Annual administration report of the Civil Veterinary Department, Ajmere-Merwara, British Rajputana - 1914-1940
Year: 1914
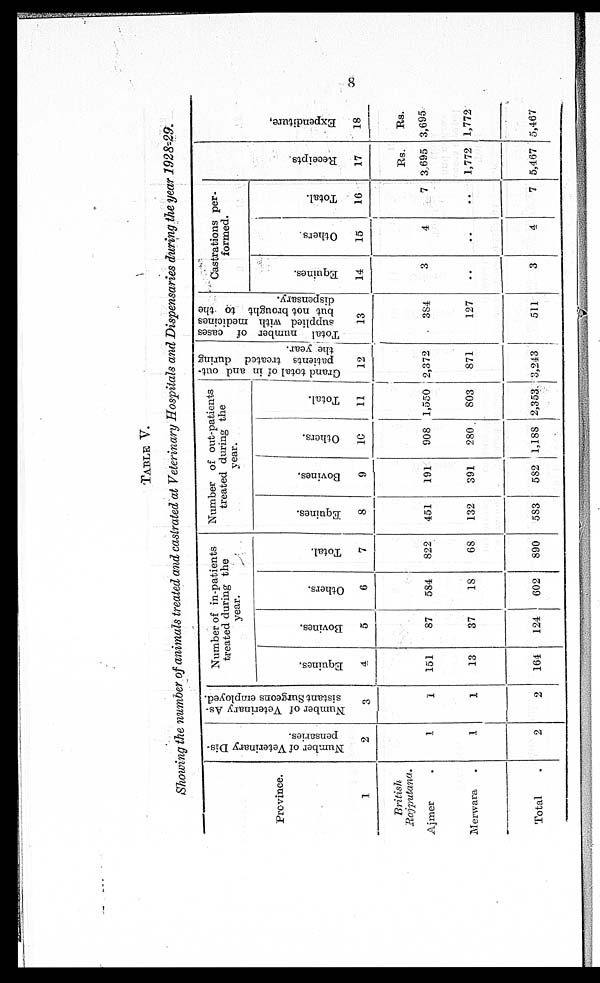
8
TABLE V.
Showing the number of animals treated and castrated at Veterinary Hospitals and Dispensaries during the year 1928-29.
Province.
1
British
Rajputana.
Ajmer .
Merwara .
Total
Number of Veterinary Dis-
pensaries.
2
1
1
2
Number of Veterinary As-
sistant Surgeons employed.
3
1
1
2
Number of in-patients
treated during the
year.
Equines.
4
151
13
164
Bovines.
5
87
37
124
Others.
6
584
18
602
Total.
7
822
68
890
Number of out-patients
treated during the
year.
Equines.
8
451
132
583
Bovines.
9
191
391
582
Others.
10
908
280
1,188
Total.
11
1,550
803
2,353
Grand total of in and out-
patients treated during
the year.
12
2,372
871
3,243
Total number of cases
supplied with medicines
but not brought to the
dispensary.
13
384
127
511
Castrations per-
formed.
Equines.
14
3
..
3
Others
15
4
..
4
Total.
16
7
..
7
Recei pt s
17
Rs.
3 695
1,772
5,467
Expendi t
ur e,
18
Rs.
3,695
1,772
5,467